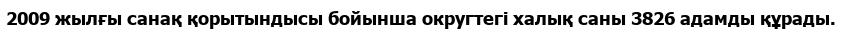
2009 жылғы санақ қорытындысы бойынша округтегі халық саны 3826 адамды құрады.